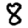
Digit: 8